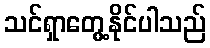
သင်ရှာတွေ့နိုင်ပါသည်